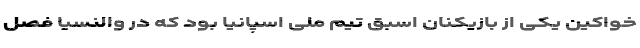
خواکین یکی از بازیکنان اسبق تیم ملی اسپانیا بود که در والنسیا فصل